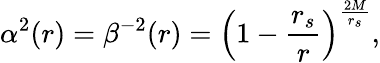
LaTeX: \alpha^{2}(r)=\beta^{-2}(r)=\left(1-{\frac{r_{s}}{r}}\right)^{\frac{2M}{r_{s}}},